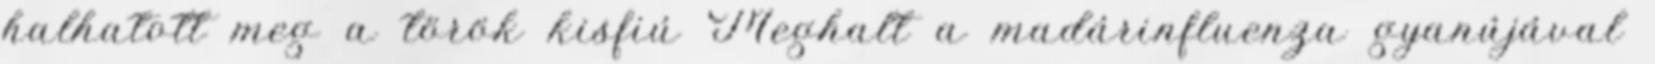
halhatott meg a török kisfiú Meghalt a madárinfluenza gyanújával